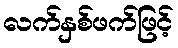
လက်နှစ်ဖက်ဖြင့်